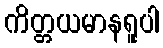
ကိတ္တယမာနရူပါ